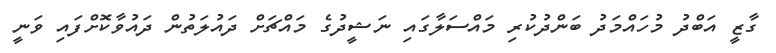
ގާޒީ އަބްދު މުހައްމަދު ބަންދުކުރި މައްސަލާގައި ނަޝީދުގެ މައްޗަށް ދައުލަތުން ދައުވާކޮށްފައި ވަނީ